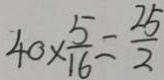
4 0 \times \frac { 5 } { 1 6 } = \frac { 2 5 } { 2 }